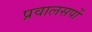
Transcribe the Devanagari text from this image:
प्रवालसर्पों